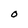
Character: O